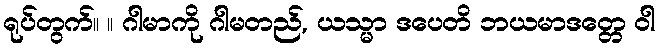
ရုပ်တွက်။ ။ ဂါမာကို ဂါမတည်, ယသ္မာ ဒပေတိ ဘယမာဒတ္တေ ဝါ